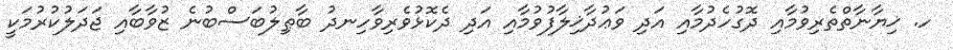
ހ. ޚިޔާނާތްތެރިވުމާއި ދޮގުހެދުމާއި އަދި ވަޢުދާޚިލާފުވުމާއި އަދި ދެކޮޅުވެރިވާހިނދު ބާޠިލުބަސްބުނެ ޒުވާބާއި ޖަދަލުކުރުމަކީ